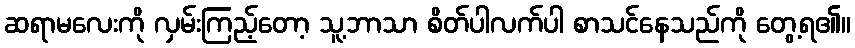
ဆရာမလေးကို လှမ်းကြည့်တော့ သူ့ဘာသာ စိတ်ပါလက်ပါ စာသင်နေသည်ကို တွေ့ရ၏။